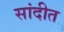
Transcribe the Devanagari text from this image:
सांदीत